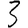
Digit: 3